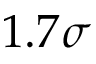
1 . 7 \sigma